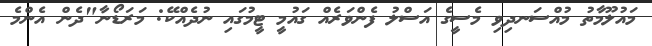
މައުލޫމާތު މުއްސަނދިވި މެސީގެ އަސްލު ފެންވަރެއް ގައުމީ ޓީމުގައި ނުދެއްކޭ: މަރަޑޯނާ"ދެން އެންމެ